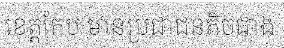
ខេត្តកែប មានប្រជាជនតិចជាង